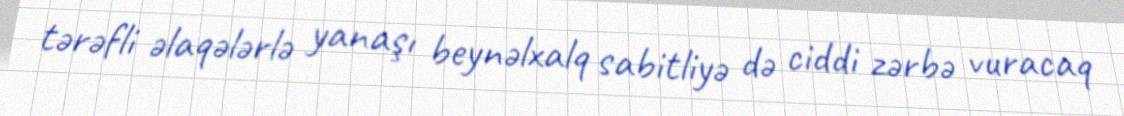
tərəfli əlaqələrlə yanaşı beynəlxalq sabitliyə də ciddi zərbə vuracaq